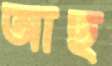
আছ